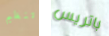
تنظيم باتريس